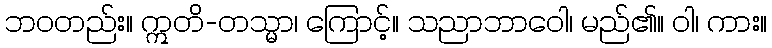
ဘဝတည်း။ ဣတိ-တသ္မာ၊ ကြောင့်။ သညာဘာဝေါ၊ မည်၏။ ဝါ၊ ကား။